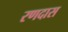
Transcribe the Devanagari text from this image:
रणदास